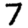
Digit: 7